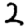
Digit: 2